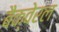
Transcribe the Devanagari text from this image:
बैक्वेरल